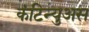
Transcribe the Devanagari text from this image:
कंटिन्युअस